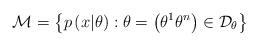
LaTeX: \begin{align*}\mathcal{M}\overset{}{=}\left\{ p\left( x|\theta\right):\theta=\left( \theta^{1}\theta^{n}\right) \in\mathcal{D}_{\theta}\right\} \end{align*}